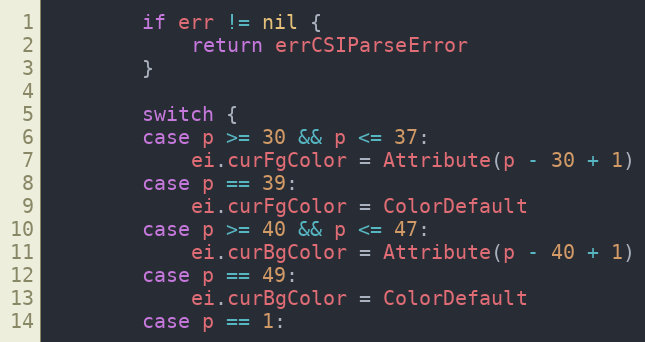
Language: Go
		if err != nil {
			return errCSIParseError
		}

		switch {
		case p >= 30 && p <= 37:
			ei.curFgColor = Attribute(p - 30 + 1)
		case p == 39:
			ei.curFgColor = ColorDefault
		case p >= 40 && p <= 47:
			ei.curBgColor = Attribute(p - 40 + 1)
		case p == 49:
			ei.curBgColor = ColorDefault
		case p == 1: